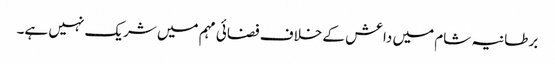
برطانیہ شام میں داعش کے خلاف فضائی مہم میں شریک نہیں ہے۔